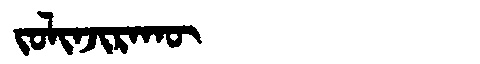
Manchu: ᠵᠣᠯᡳᠨᠵᡳᡵᠠᡴᡡ
Romanization: JOLINJIRAKŪ